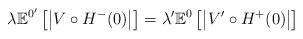
LaTeX: \begin{align*}\lambda \mathbb{E}^{0'}\left[ \left\vert V \circ H^-(0) \right\vert \right] = \lambda' \mathbb{E}^{0}\left[ \left\vert V' \circ H^+(0) \right\vert \right]\end{align*}